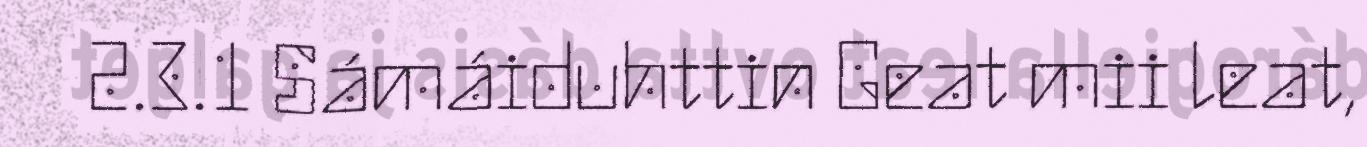
2.3.1 Sámáiduhttin Geat mii leat,